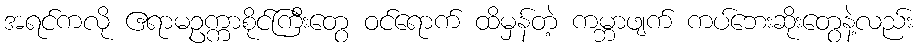
အရင်ကလို ဧရာမဥက္ကာစိုင်ကြီးတွေ ဝင်ရောက် ထိမှန်တဲ့ ကမ္ဘာဖျက် ကပ်ဘေးဆိုးတွေနဲ့လည်း